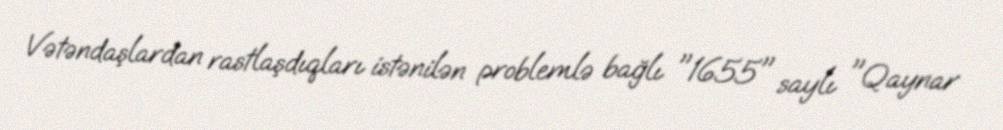
Vətəndaşlardan rastlaşdıqları istənilən problemlə bağlı "1655" saylı "Qaynar